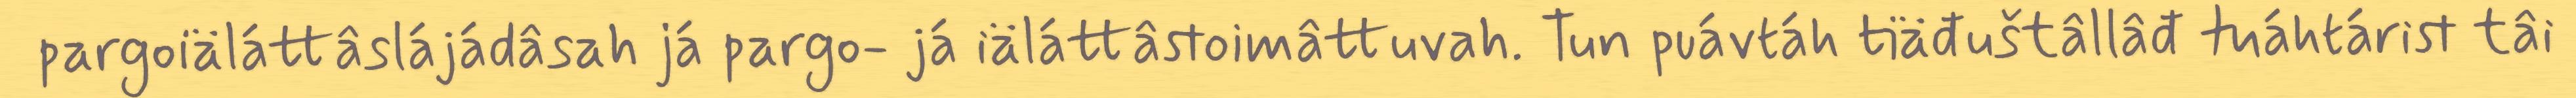
pargoiäláttâslájádâsah já pargo- já iäláttâstoimâttuvah. Tun puávtáh tiäđuštâllâđ tuáhtárist tâi